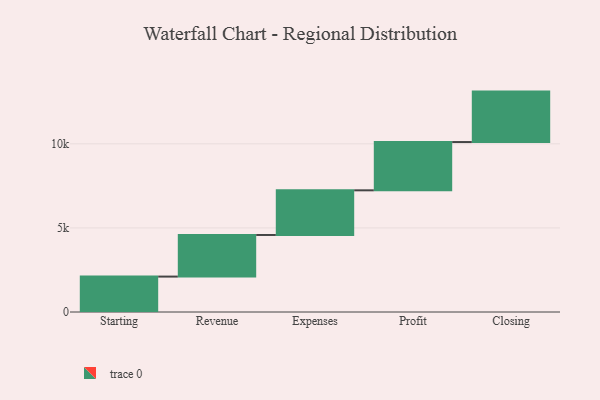
{"axis": {"x": "Step", "y": "Value"}, "legend": [""], "data": [{"x": "Starting", "y": 2106.0, "type": ""}, {"x": "Revenue", "y": 2475.0, "type": ""}, {"x": "Expenses", "y": 2655.0, "type": ""}, {"x": "Profit", "y": 2871.0, "type": ""}, {"x": "Closing", "y": 3000, "type": ""}]}